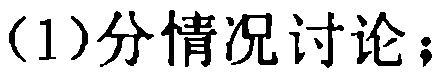
（1）分情况讨论；